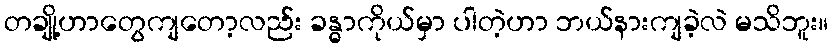
တချို့ဟာတွေကျတော့လည်း ခန္ဓာကိုယ်မှာ ပါတဲ့ဟာ ဘယ်နားကျခဲ့လဲ မသိဘူး။